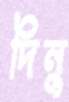
দিনু